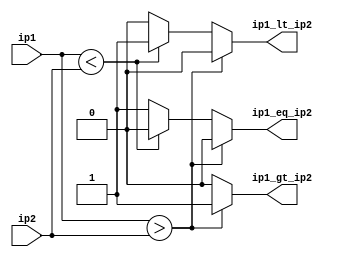
`timescale 1ns / 1ps
//////////////////////////////////////////////////////////////////////////////////
// Company: 
// Engineer: 
// 
// Design Name: 
// Module Name: main
// Project Name: 
// Target Devices: 
// Tool Versions: 
// Description: 
// 
// Dependencies: 
// 
// Revision:
// Revision 0.01 - File Created
// Additional Comments:
// 
//////////////////////////////////////////////////////////////////////////////////


module main(ip1,ip2,ip1_gt_ip2,ip1_eq_ip2,ip1_lt_ip2);
     parameter n=32;
    input [n-1:0] ip1;
    input [n-1:0] ip2;
    output reg ip1_gt_ip2=0;
    output reg ip1_eq_ip2=0;
    output reg ip1_lt_ip2=0;
    
   
    
    always @(ip1 or ip2)
    begin
    if(ip1>ip2)
        begin
        ip1_gt_ip2=1;
        ip1_eq_ip2=0;
        ip1_lt_ip2=0;
        end
     
     else if(ip1<ip2)
     begin
        ip1_gt_ip2=0;
        ip1_eq_ip2=0;
        ip1_lt_ip2=1;
      end
      
     else
        begin
        ip1_gt_ip2=0;
        ip1_eq_ip2=1;
        ip1_lt_ip2=0;
      end
   end  

endmodule